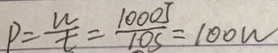
P = \frac { w } { t } = \frac { 1 0 0 0 J } { 1 0 s } = 1 0 0 w